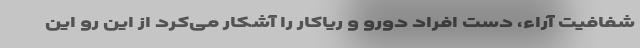
شفافیت آراء، دست افراد دورو و ریاکار را آشکار می‌کرد از این رو این